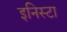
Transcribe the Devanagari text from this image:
इनिस्टा